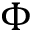
\Phi